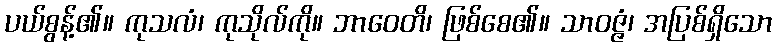
ပယ်စွန့်၏။ ကုသလံ၊ ကုသိုလ်ကို။ ဘာဝေတိ၊ ဖြစ်စေ၏။ သာဝဇ္ဇံ၊ အပြစ်ရှိသော